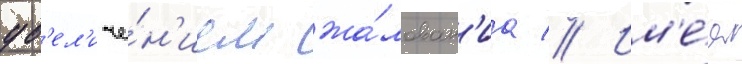
ув'ел'иче́н'ием жа́лован'иа // Им'е́я